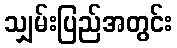
သျှမ်းပြည်အတွင်း